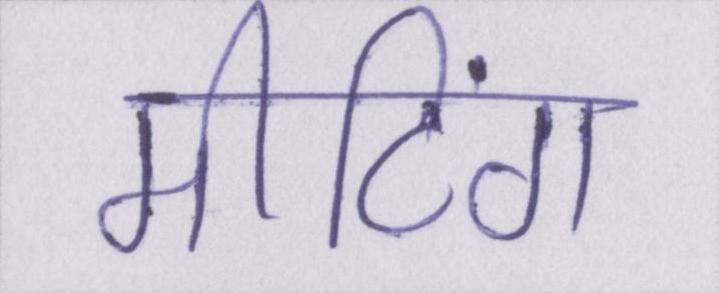
मीटिंग